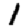
Digit: 1